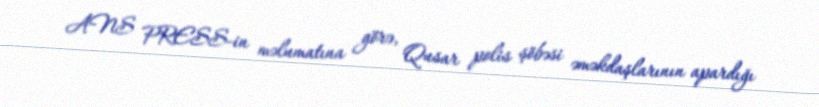
ANS PRESS-in məlumatına görə, Qusar polis şöbəsi əməkdaşlarının apardığı